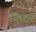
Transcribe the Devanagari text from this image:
विचारूं